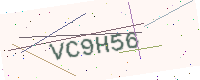
Text: VC9H56